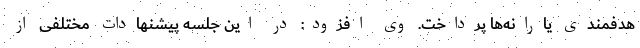
هدفمندی یارانه‌ها پرداخت. وی افزود: در این جلسه پیشنهادات مختلفی از